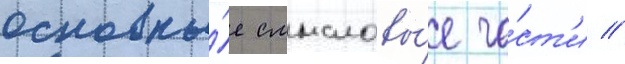
основны́е смысловы́е ча́ст'и //